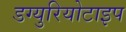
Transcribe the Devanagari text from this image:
डग्युरियोटाइप